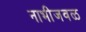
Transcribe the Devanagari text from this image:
नाभीजवळ